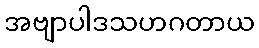
အဗျာပါဒသဟဂတာယ